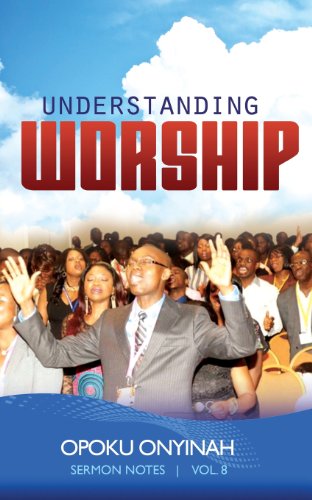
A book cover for Understanding Worship; Dr Opoku Onyinah; Christian Books & Bibles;